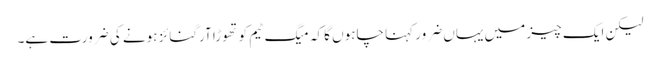
لیکن ایک چیز میں یہاں ضرور کہنا چاہوں گا کہ میگ ٹیم کو تھوڑا آرگنائز ہونے کی ضرورت ہے۔